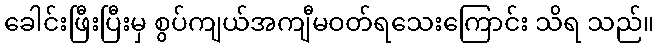
ခေါင်းဖြီးပြီးမှ စွပ်ကျယ်အကျီမဝတ်ရသေးကြောင်း သိရ သည်။